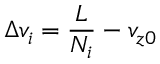
\Delta v _ { i } = \frac { L } { N _ { i } } - v _ { z 0 }